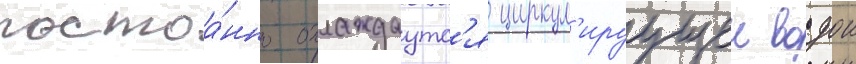
постоа́нно охлаждаутс'я циркул'ируущеи водои